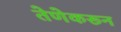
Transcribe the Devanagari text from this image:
तेणेकरून